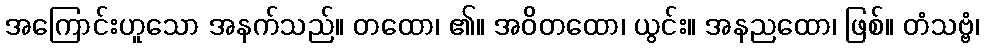
အကြောင်းဟူသော အနက်သည်။ တထော၊ ၏။ အဝိတထော၊ ယွင်း။ အနညထော၊ ဖြစ်။ တံသဗ္ဗံ၊